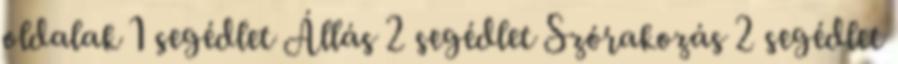
oldalak 1 segédlet Állás 2 segédlet Szórakozás 2 segédlet